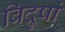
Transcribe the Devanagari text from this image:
विदुषां